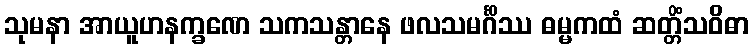
သုမနာ အာယူဟနက္ခဏေ သကသန္တာနေ ဖလသမင်္ဂိဿ ဓမ္မကထံ ဆတ္တိံသဝိဓာ